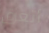
أتعرق